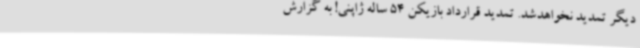
دیگر تمدید نخواهدشد. تمدید قرارداد بازیکن 54 ساله ژاپنی! به گزارش